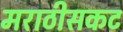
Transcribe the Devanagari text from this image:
मराठीसकट